Leningradi_Edasi_toimetus, lk 14
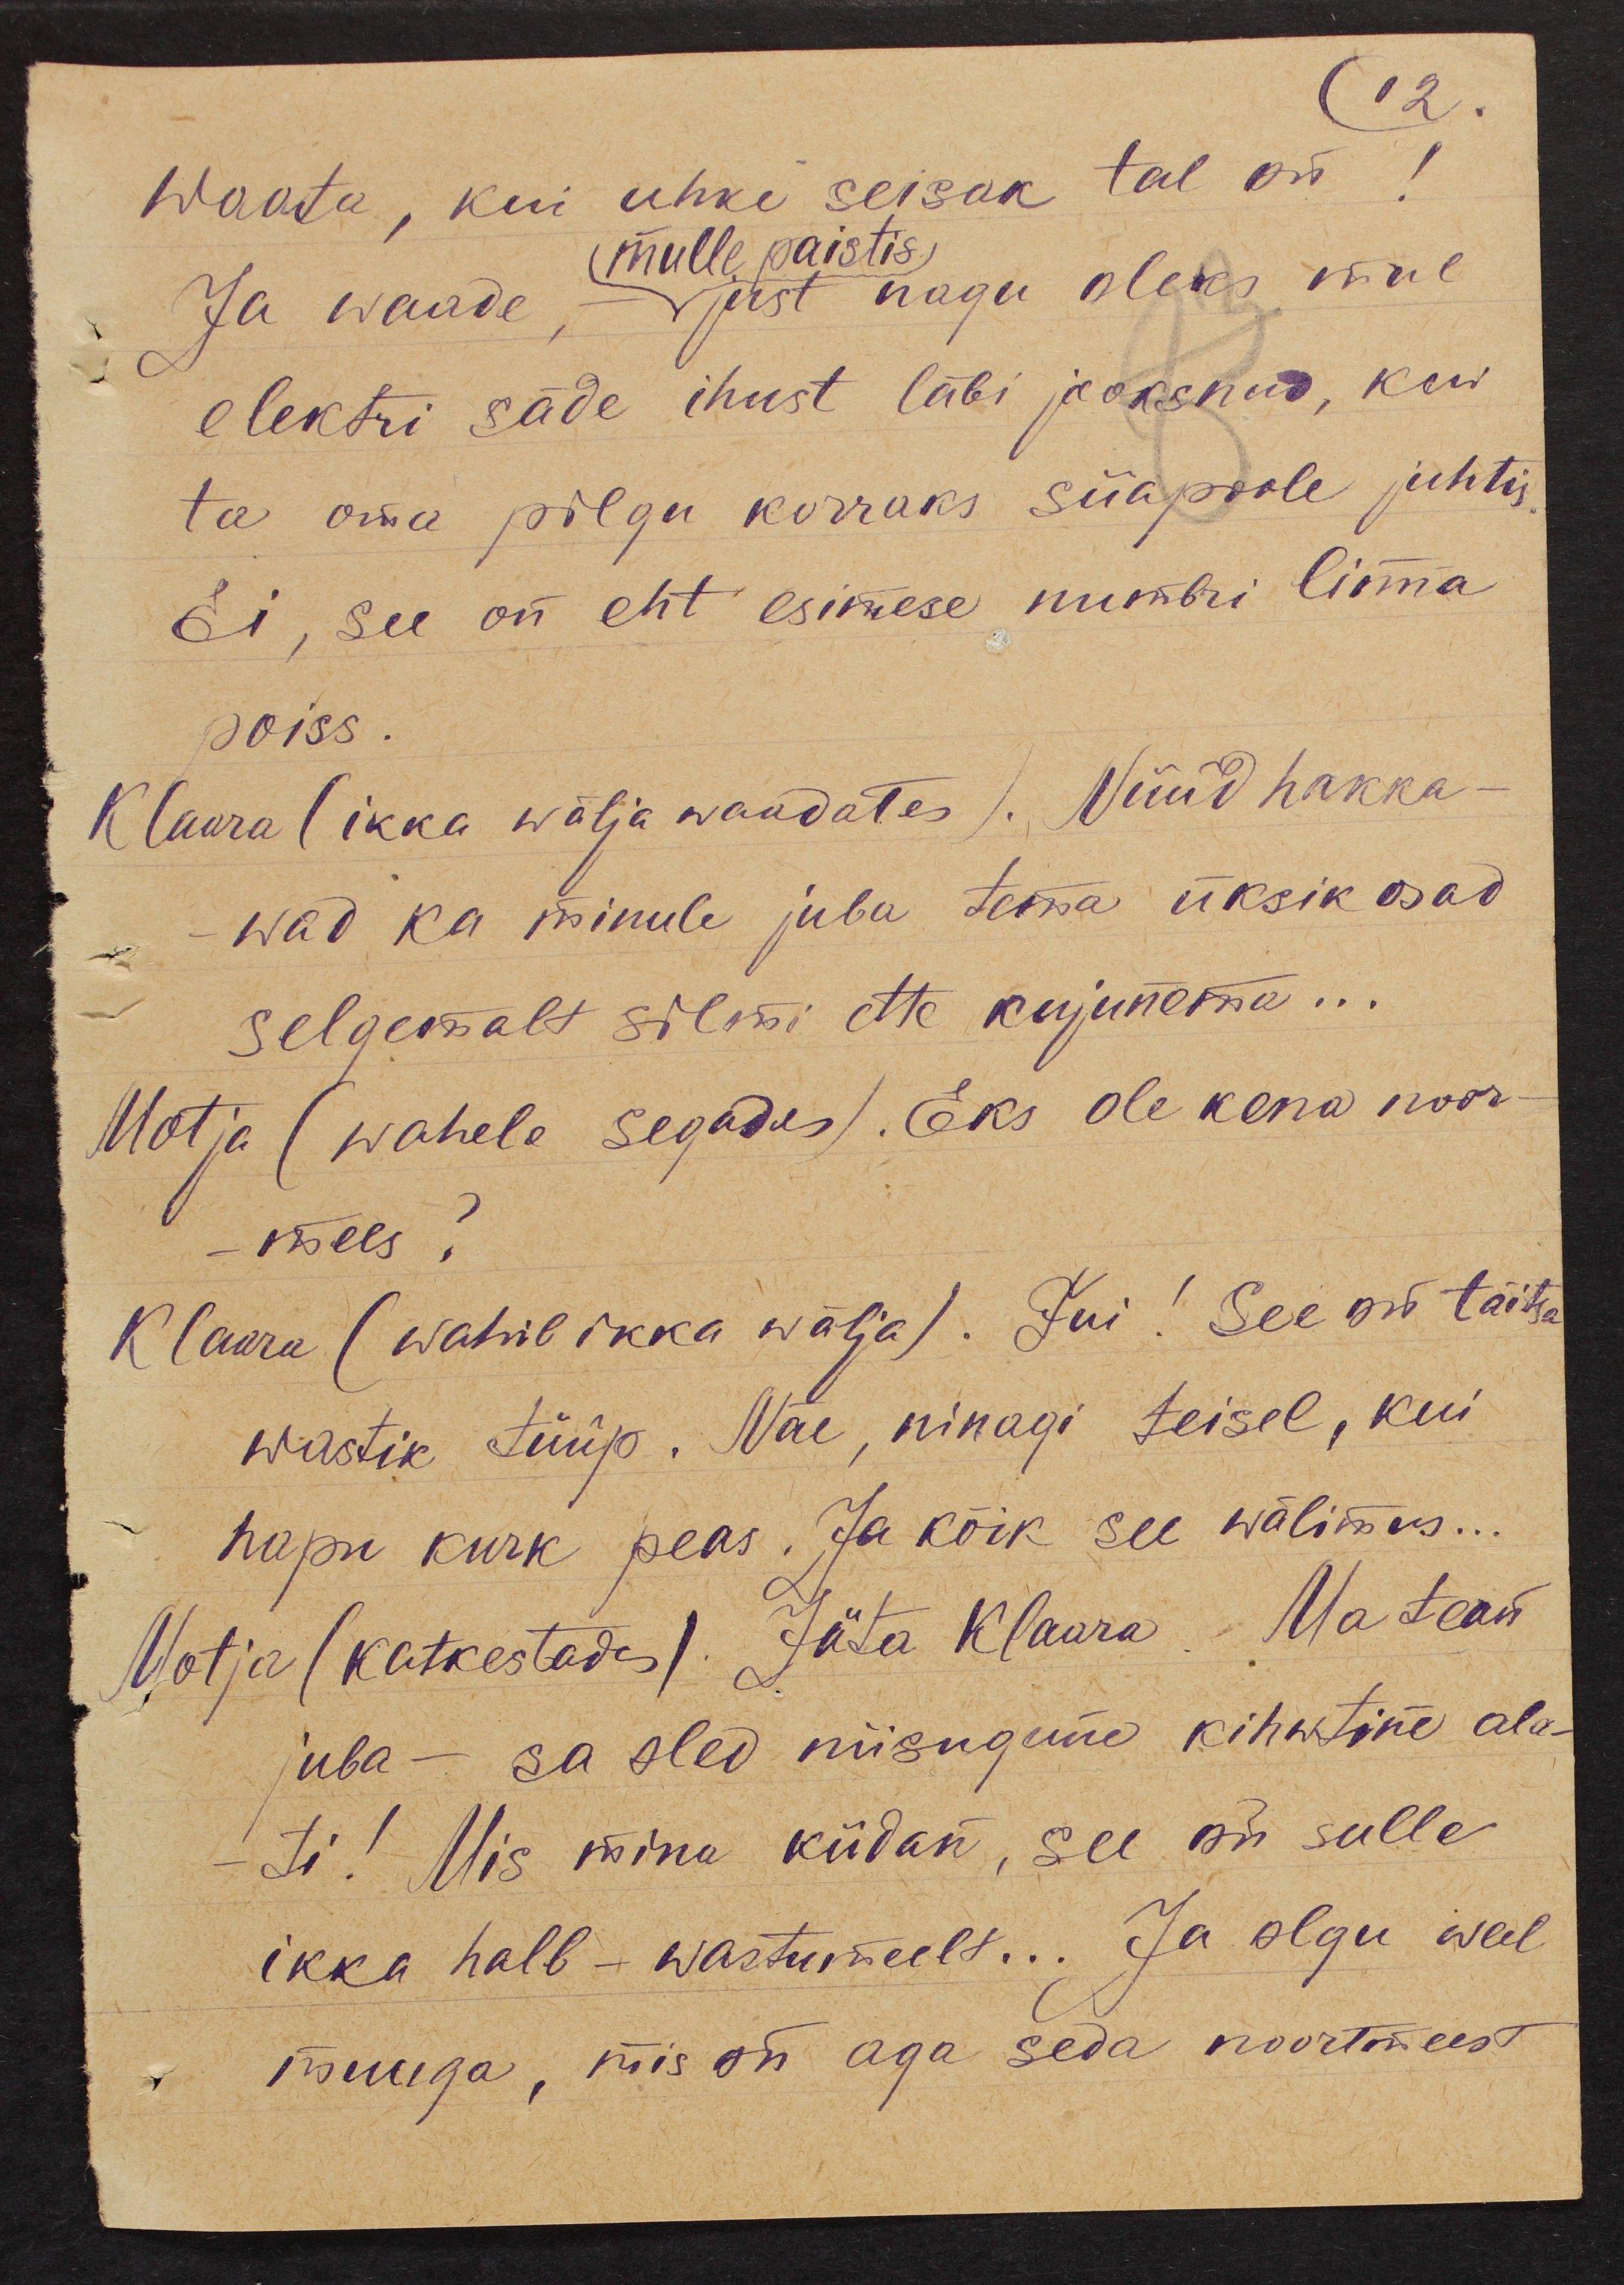
12.
Waata, kui uhke seisak tal on!
mulle paistis
Ja waade, - just nagu oleks mul
elektri säde ihust läbi jooksnud, kui
ta oma pilgu korraks siiapoole juhtis
Ei, see on eht esimese numbri linna
poiss.
Klaara (ikka wälja waadates). Nüüd hakka-
wad ka minule juba temma üksik osad
selgemalt silmi ette kujunema...
Motja (wahele segades). Eks ole kena noor-
-mees?
Klaara (wahib ikka wälja). Fui! See on täitsa
wastik tüüp. Näe, ninagi teisel, kui
hapu kurk peas. Ja kõik see wälimus...
Motja (katkestades). Jäta Klaara. Ma tean
juba - sa oled niisugune kihwtine ala-
ti! Mis mina kiidan, see on sulle
ikka halb - wastumeelt... Ja olgu weel
muuga, mis on aga seda noortmeest